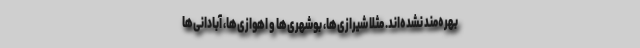
بهره‌مند نشده‌اند. مثلا شیرازی‌ها، بوشهری‌ها و اهوازی‌ها، آبادانی‌ها